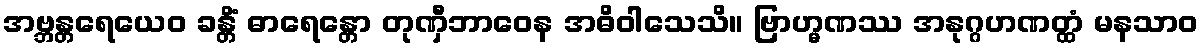
အဗ္ဘန္တရေယေဝ ခန္တိံ ဓာရေန္တော တုဏှီဘာဝေန အဓိဝါသေသိ။ ဗြာဟ္မဏဿ အနုဂ္ဂဟဏတ္ထံ မနသာဝ